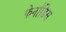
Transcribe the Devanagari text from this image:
फेर्नांडिस